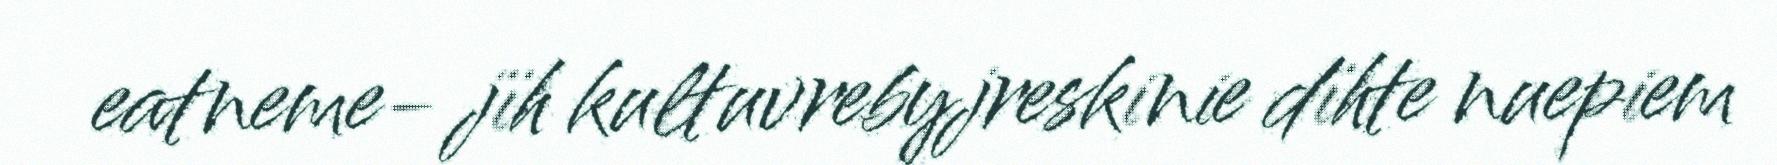
eatneme- jïh kultuvrebyjreskinie dïhte nuepiem